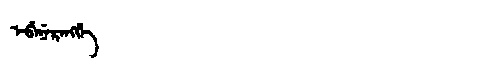
Manchu: ᡝᠪᡝᠨᡝᡵᡝᠩᡤᡝ
Romanization: EBENERENGGE